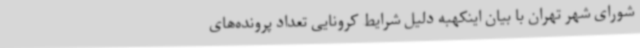
شورای شهر تهران با بیان اینکهبه دلیل شرایط کرونایی تعداد پرونده‌های